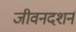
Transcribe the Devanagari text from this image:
जीवनदशर्न